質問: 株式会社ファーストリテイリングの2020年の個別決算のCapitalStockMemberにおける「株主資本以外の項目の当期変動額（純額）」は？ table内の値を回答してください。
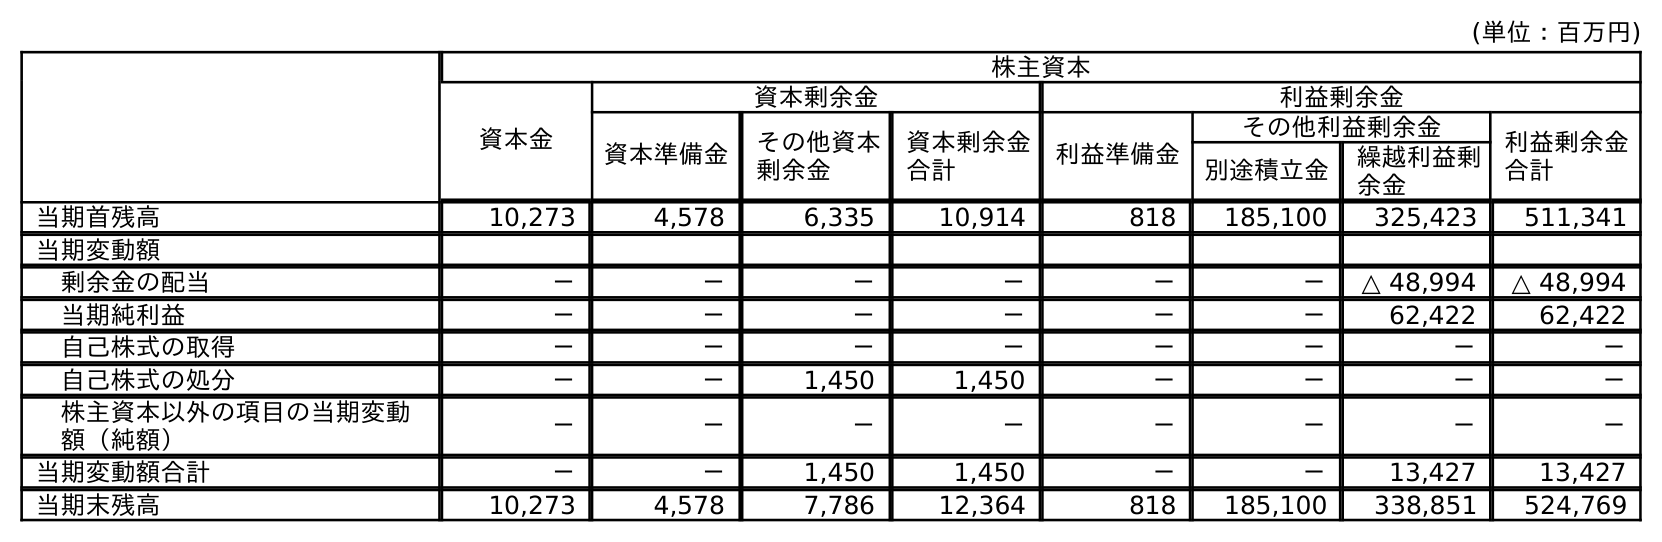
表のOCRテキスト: (単位：百万円) 株主資本 資本金 資本剰余金 利益剰余金 資本準備金 その他資本 剰余金 資本剰余金 合計 利益準備金 その他利益剰余金 利益剰余金 合計 別途積立金 繰越利益剰 余金 当期首残高 10,273 4,578 6,335 10,914 818 185,100 325,423 511,341 当期変動額 剰余金の配当 － － － － － － △ 48,994 △ 48,994 当期純利益 － － － － － － 62,422 62,422 自己株式の取得 － － － － － － － － 自己株式の処分 － － 1,450 1,450 － － － － 株主資本以外の項目の当期変動 額（純額） － － － － － － － － 当期変動額合計 － － 1,450 1,450 － － 13,427 13,427 当期末残高 10,273 4,578 7,786 12,364 818 185,100 338,851 524,769
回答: －